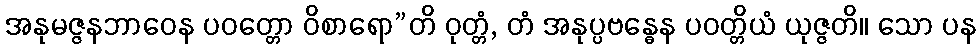
အနုမဇ္ဇနဘာဝေန ပဝတ္တော ဝိစာရော”တိ ဝုတ္တံ, တံ အနုပ္ပဗန္ဓေန ပဝတ္တိယံ ယုဇ္ဇတိ။ သော ပန